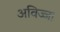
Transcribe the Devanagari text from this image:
अविज्जा